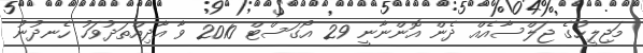
މަޖިލީހުގެ ޖަލްސާއެއް ދެން އޮންނާނީ 29 އޯގަސްޓް 2010 ވާ އާދިއްތަދުވަހު ހެނދުނު